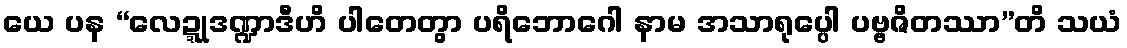
ယေ ပန “လေဍ္ဍုဒဏ္ဍာဒီဟိ ပါတေတွာ ပရိဘောဂေါ နာမ အသာရုပ္ပေါ ပဗ္ဗဇိတဿာ”တိ သယံ